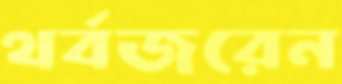
থর্বজরেন